Leaving Certificate Examination (including Day School Certificate (Higher) General paper), 1927
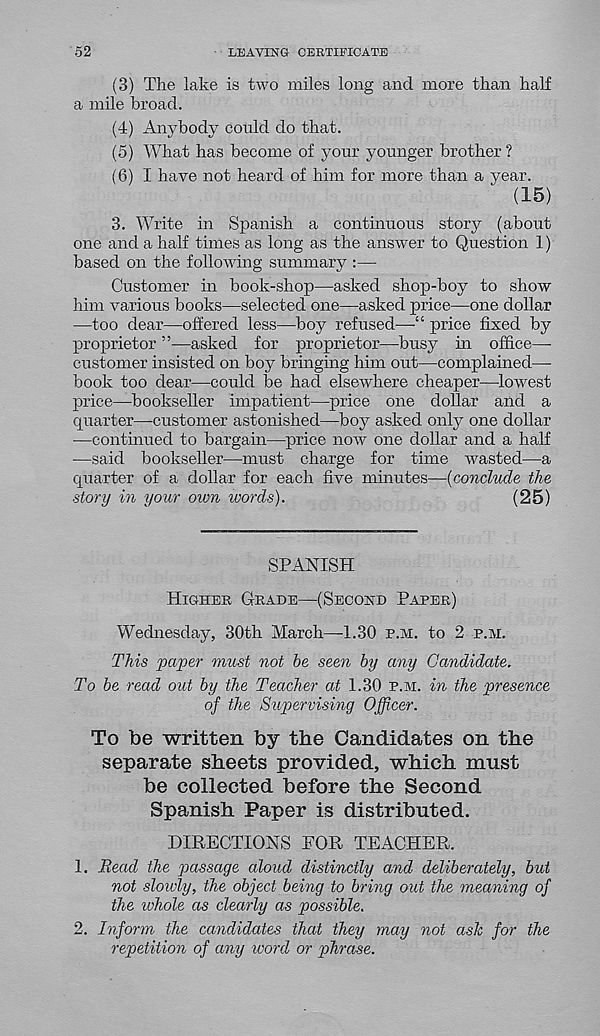
52
LEAVING CERTIFICATE
(3) The lake is two miles long and more than half
a mile broad.
(4) Anybody could do that.
(5) What has become of your younger brother ?
(6) I have not heard of him for more than a year.
(15)
3. Write in Spanish a continuous story (about
one and a half times as long as the answer to Question 1)
based on the following summary :—
Customer in book-shop—asked shop-boy to show
him various books—selected one—asked price—one dollar
—too dear—offered less—boy refused—“ price fixed by
proprietor ”—asked for proprietor—busy hi office—
customer insisted on boy bringing him out—complained—
book too dear—could be had elsewhere cheaper—lowest
price—bookseller impatient—price one dollar and a
quarter—customer astonished—boy asked only one dollar
—continued to bargain—price now one dollar and a half
—said bookseller—must charge for time wasted—a
quarter of a dollar for each five minutes—(conclude the
story in your own words).
(25)
SPANISH
Higher Grade—(Second Paper)
Wednesday, 30th March—-1.30 p.m. to 2 p.m.
This paper must not be seen by any Candidate.
To be read out by the Teacher at 1.30 p.m. in the presence
of the Supervising Officer.
To be written by the Candidates on the
separate sheets provided, which must
be collected before the Second
Spanish Paper is distributed.
DIRECTIONS FOR TEACHER.
1. Read the passage aloud distinctly and deliberately, but
not slowly, the object being to bring out the meaning of
the ivhole as clearly as possible.
2. Inform the candidates that they may not ash for the
repetition of any word or phrase.